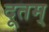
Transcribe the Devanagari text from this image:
दूतम्‌